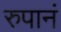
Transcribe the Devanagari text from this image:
रुपानं